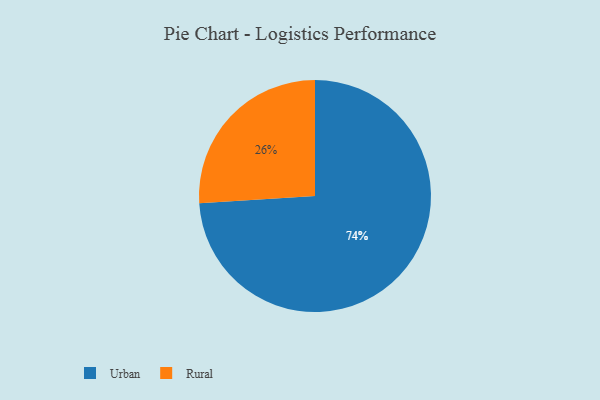
{"axis": {"x": "Category", "y": "Percentage"}, "legend": ["Rural", "Urban"], "data": [{"x": "Rural", "y": 26, "type": "Rural"}, {"x": "Urban", "y": 74, "type": "Urban"}]}